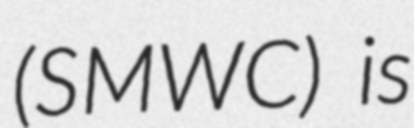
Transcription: (SMWC) is